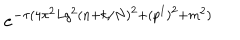
e ^ { - \tau ( 4 \pi ^ { 2 } L g ^ { 2 } ( n + k / N ) ^ { 2 } + ( p ^ { I } ) ^ { 2 } + m ^ { 2 } ) }